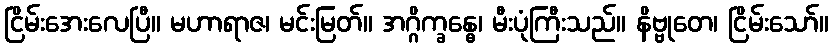
ငြိမ်းအေးလေပြီ။ မဟာရာဇ၊ မင်းမြတ်။ အဂ္ဂိက္ခန္ဓေ၊ မီးပုံကြီးသည်။ နိဗ္ဗုတေ၊ ငြိမ်းသော်။